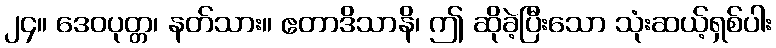
၂၄။ ဒေဝပုတ္တ၊ နတ်သား။ ဧတာဒိသာနိ၊ ဤ ဆိုခဲ့ပြီးသော သုံးဆယ့်ရှစ်ပါး